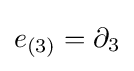
e_{(3)}=\partial _{3}